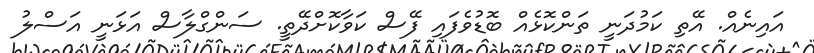
އައިނެއް. އޭތި ކަމުދަނީ ތަންކޮޅެއް ބޮޑުވެފައި ފޭސް ކަވާކޮށްދޭތީ. ސަންގްލާސް އަޅަނީ އަސްލު